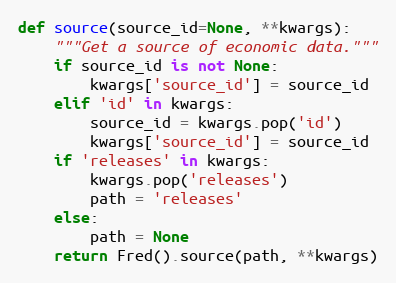
Language: Python
def source(source_id=None, **kwargs):
    """Get a source of economic data."""
    if source_id is not None:
        kwargs['source_id'] = source_id
    elif 'id' in kwargs:
        source_id = kwargs.pop('id')
        kwargs['source_id'] = source_id
    if 'releases' in kwargs:
        kwargs.pop('releases')
        path = 'releases'
    else:
        path = None
    return Fred().source(path, **kwargs)